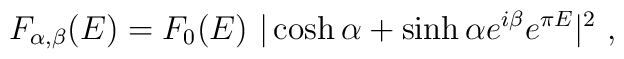
F_{\alpha,\beta}(E) = F_{0}(E)~|\cosh\alpha+ \sinh\alpha e^{i\beta} e^{\pi E}|^{2}~,